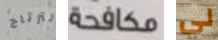
لترتاح مكافحة لي